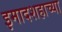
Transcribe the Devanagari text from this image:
इमादशहाच्या